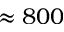
\approx 8 0 0